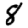
Digit: 8